Leaving Certificate Examination, 1909
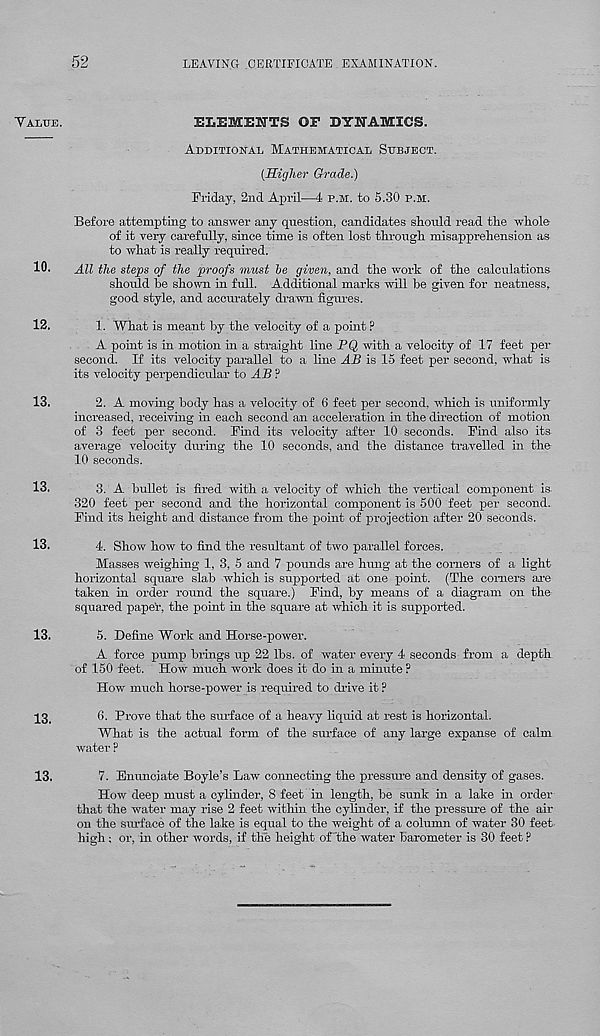
52
LEAVING .CERTIFICATE EXAMINATION.
Talub.
10.
12.
13.
13.
13.
13.
13.
13.
ELEMENTS GF DYNAMICS.
Additional Mathematical Subject.
(Higher Grade.)
Friday, 2nd April—4 p.m. to 5.30 p.m.
Before attempting to answer any question, candidates should read the whole
of it very carefully, since time is often lost through misapprehension as
to what is really required.
All the steps of the proofs must he given, and the work of the calculations
should he shown in full. Additional marks will be given for neatness,
good style, and accurately drawn figures.
1. What is meant by the velocity of a point ?
A point is in motion in a straight line PQ, with a velocity of 17 feet per
second. If its velocity parallel to a line AB is 15 feet per second, what is
its velocity perpendicular to AB P
2. A moving body has a velocity of 6 feet per second, which is uniformly
increased, receiving in each second an acceleration in the direction of motion
of 3 feet per second. Find its velocity after 10 seconds. Find also its
average velocity during the 10 seconds, and the distance travelled in the
10 seconds.
3. A bullet is fired -with a velocity of which the vertical component is.
320 feet per second and the horizontal component is 500 feet per second.
Find its height and distance from the point of projection after 20 seconds.
4. Show how to find the resultant of two parallel forces.
Masses weighing 1, 3, 5 and 7 pounds are hung at the corners of a light
horizontal square slab which is supported at one point. (The comers are
taken in order round the square.) Find, by means of a diagram on the
squared paper, the point in the square at which it is supported.
5. Define Work and Horse-power.
A force pump brings up 22 lbs. of water every 4 seconds from a depth
of 150 feet. How much work does it do in a minute P
How much horse-power is required to chive it ?
6. Prove that the surface of a heavy liquid at rest is horizontal.
What is the actual form of the surface of any large expanse of calm
water ?
7. Enunciate Boyle’s Law connecting the pressure and density of gases.
How deep must a cylinder, 8 feet in length, be sunk in a lake in order
that the water may rise 2 feet within the cylinder, if the pressure of the air
on the surface of the lake is equal to the weight of a column of water 30 feet
high; or, in other words, if the height of'the water barometer is 30 feet ?